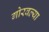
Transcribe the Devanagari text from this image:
गोरवल्या